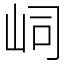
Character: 㟃